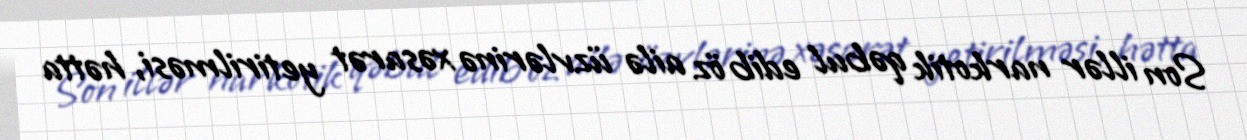
Son illər narkotik qəbul edib öz ailə üzvlərinə xəsarət yetirilməsi, hətta